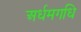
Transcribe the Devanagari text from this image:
अर्धमगधि